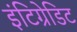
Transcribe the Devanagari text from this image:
इंटिग्रेडिट